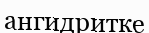
ангидритке